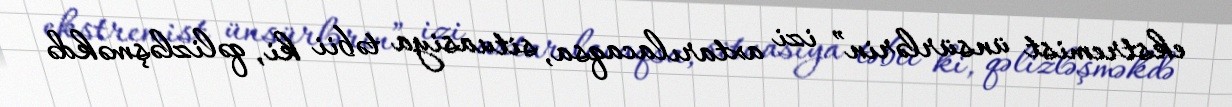
ekstremist ünsürlərin” izi axtarılacaqsa, situasiya təbii ki, qəlizləşməkdə